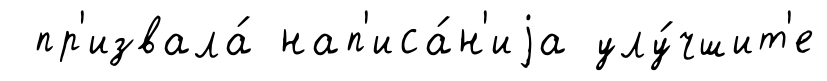
пр'извала́ нап'иса́н'иjа улу́чшит'е